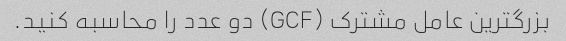
بزرگترین عامل مشترک (GCF) دو عدد را محاسبه کنید.